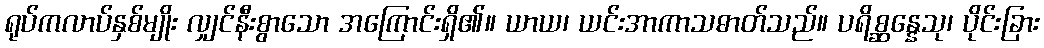
ရုပ်ကလာပ်နှစ်မျိုး လျှင်နီးစွာသော အကြောင်းရှိ၏။ ယာယ၊ ယင်းအာကာသဓာတ်သည်။ ပရိစ္ဆန္နေသု၊ ပိုင်းခြား